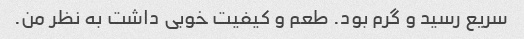
سریع رسید و گرم بود. طعم و کیفیت خوبی داشت به نظر من.